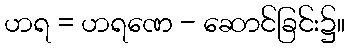
ဟရ = ဟရဏေ - ဆောင်ခြင်း၌။